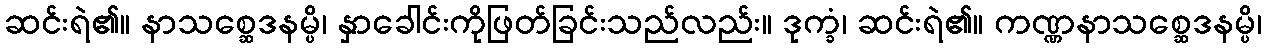
ဆင်းရဲ၏။ နာသစ္ဆေဒနမ္ပိ၊ နှာခေါင်းကိုဖြတ်ခြင်းသည်လည်း။ ဒုက္ခံ၊ ဆင်းရဲ၏။ ကဏ္ဏနာသစ္ဆေဒနမ္ပိ၊